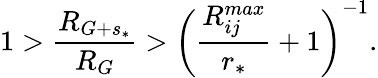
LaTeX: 1>\frac{{R}_{G+s_{*}}}{R_{G}}>\left(\frac{R_{ij}^{max}}{r_{*}}+1\right)^{-1}.